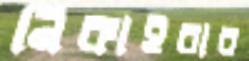
নিকাইবার